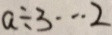
a \div 3 \cdots 2